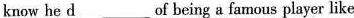
know he d___of being a famous player like